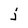
Character: j